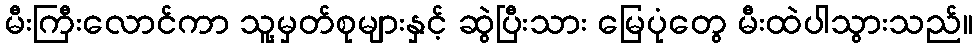
မီးကြီးလောင်ကာ သူ့မှတ်စုများနှင့် ဆွဲပြီးသား မြေပုံတွေ မီးထဲပါသွားသည်။